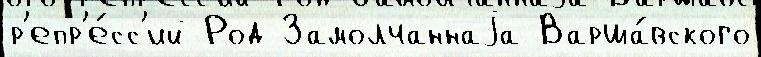
р'епр'е́сс'ий Род Замолчаннаjа Варша́вского